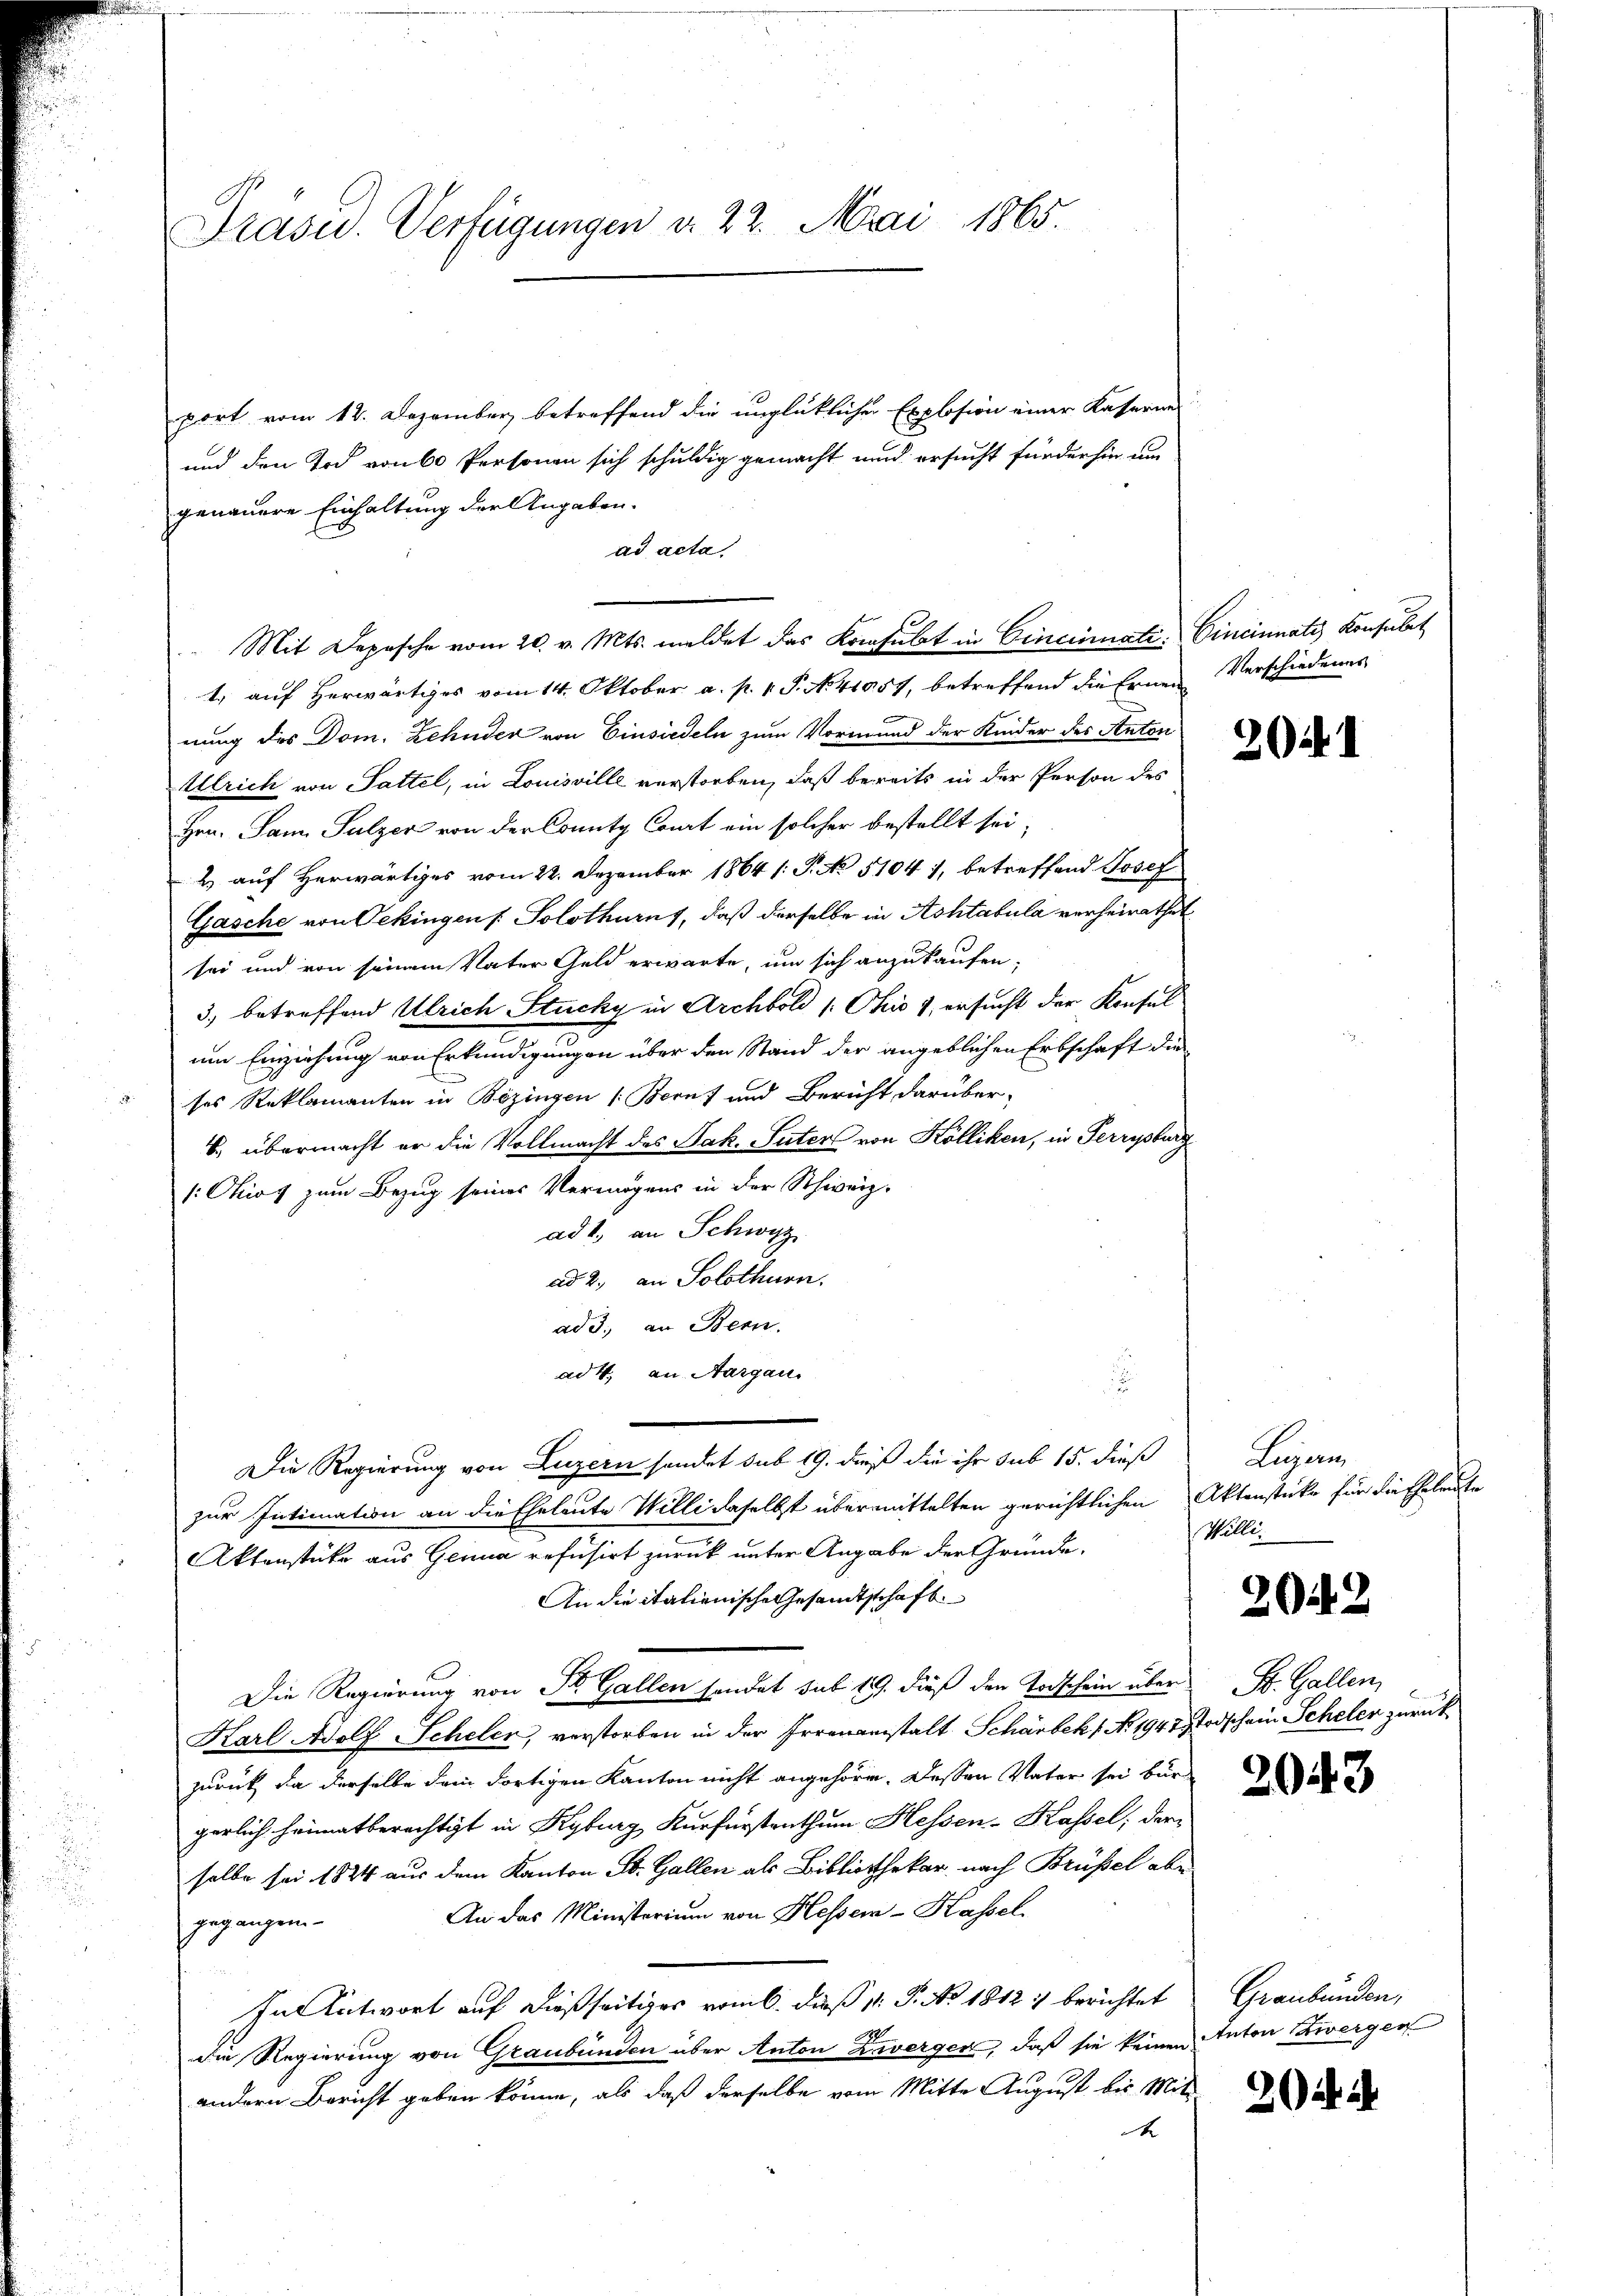
Präsu. Verfügungen d. 22. Mai 1865.

port vom 12. Dezember betreffend die unglüklicher Explosion einer Kaserne
und den Tod von 60 Personen sich schuldig gemacht und ersucht fürderhin um
genauere Einhaltung der Angaben.
ad acta
1. auf Herwärtiges vom 14. Oktober a. p. v. P. N. 41951, betreffend die Ernen Verschiedenes
e
nung des Dom. Zehnder von Einsiedeln zum Vormund der Kinder des Anton
Alrich von Sattel, in Louisville verstorben, daß bereits in der Person des
Hrn. Jan. Sulzer von der County Court ein solcher bestellt sei,
2 auf Herwärtiges vom 22. Dezember 1864 /: P. No 51041, betreffend Josef
Gasche von Oekingen f. Solothurn, daß derselbe in Achtabula verheirathet
sei und von seinem Vater Geld erwarte, um sich anzukaufen,
3) betreffend Ulrich Stucky in Archbold /: Chio 1, ersucht der Konfel
um Einziehung von Erkundigungen über den Stand der angeblichen Erbschaft die
ses Reklamanten in Bözingen (Bern) und Bericht darüber-
B. übermacht er die Vollmacht des Jak. Suter von Kölliken, in Ferrysburg
1: Ohios zum Bezug seines Vermögens in der Schweiz.
ad 1., an Schwyz
ad 2., an Solothurn.
ad 3; an Bern.
ad 4. an Aargau.
F
Die Regierung von Luzern sondet sub 19. dieß die ihr sub 15. dieß
zur Intimation an die Eheleute Willi daselbst übermittelten gerichtlichen Aktenstücke für die Eheleute
Aktenstüke aus Geima refusirt zurück unter Angabe der Gründe,
An die italienische Gesandtschaft
Die Regierung von St. Gallen sendet sub 19. dieß den Todschein über St. Gallen,
Karl Adolf Scheler, verstorben in der Irrenanstalt Schärbekt No. 1947 Todschein Scheler zurückzurück, da derselbe dein dortigen Kanton nicht angehöre. Dessen Vater sei bür
gerlich heimatberechtigt in Kyburg Kurfürstenthum Hessen-Kassel, der
selbe sei 1824 aus dem Kanton St. Gallen als Bibliothekar, nach Brüssel abe
An das Ministerium von Hessen-Kassel
gegangen
In Antwort auf dießseitiges vom 6. daß 1. P. No. 1812. berichtet
die Regierung von Graubünden über Anton Zwergen, daß sie keinen Anton Zwergen
andern Bericht geben könne, als daß derselbe vom Mitte August bis Mit
r

Mit Depesche vom 20. v. Mts. meldet das Konsulat in Cincinate, Cincinnate Konsulat

2041

Liegen
Willi

2042

20

3

Graubünden,

26 u. i